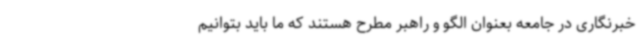
خبرنگاری در جامعه بعنوان الگو و راهبر مطرح هستند که ما باید بتوانیم